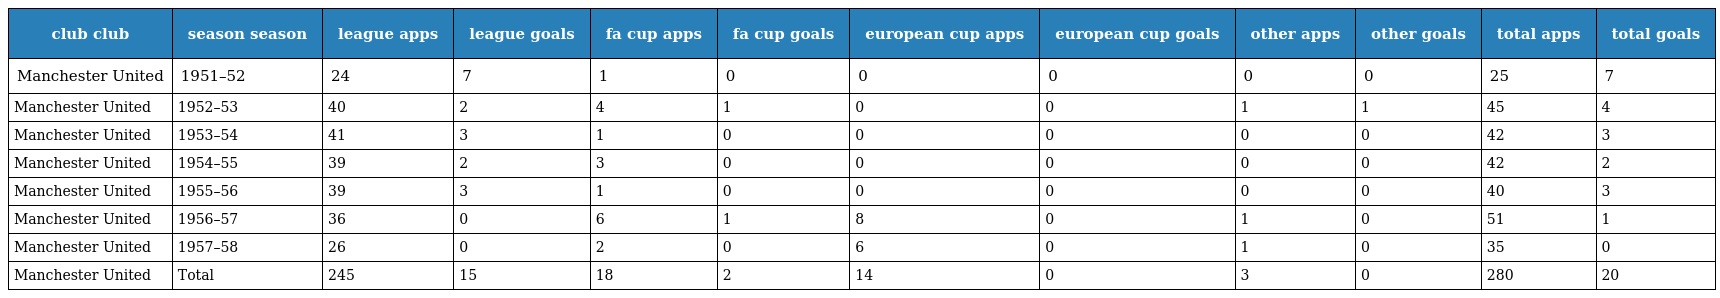
| club club | season season | league apps | league goals | fa cup apps | fa cup goals | european cup apps | european cup goals | other apps | other goals | total apps | total goals |
 | --- | --- | --- | --- | --- | --- | --- | --- | --- | --- | --- | --- |
 | Manchester United | 1951–52 | 24 | 7 | 1 | 0 | 0 | 0 | 0 | 0 | 25 | 7 |
 | Manchester United | 1952–53 | 40 | 2 | 4 | 1 | 0 | 0 | 1 | 1 | 45 | 4 |
 | Manchester United | 1953–54 | 41 | 3 | 1 | 0 | 0 | 0 | 0 | 0 | 42 | 3 |
 | Manchester United | 1954–55 | 39 | 2 | 3 | 0 | 0 | 0 | 0 | 0 | 42 | 2 |
 | Manchester United | 1955–56 | 39 | 3 | 1 | 0 | 0 | 0 | 0 | 0 | 40 | 3 |
 | Manchester United | 1956–57 | 36 | 0 | 6 | 1 | 8 | 0 | 1 | 0 | 51 | 1 |
 | Manchester United | 1957–58 | 26 | 0 | 2 | 0 | 6 | 0 | 1 | 0 | 35 | 0 |
 | Manchester United | Total | 245 | 15 | 18 | 2 | 14 | 0 | 3 | 0 | 280 | 20 |